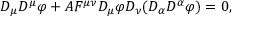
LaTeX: D _ { \mu } D ^ { \mu } \varphi + A F ^ { \mu \nu } D _ { \mu } \varphi D _ { \nu } ( D _ { \alpha } D ^ { \alpha } \varphi ) = 0 ,